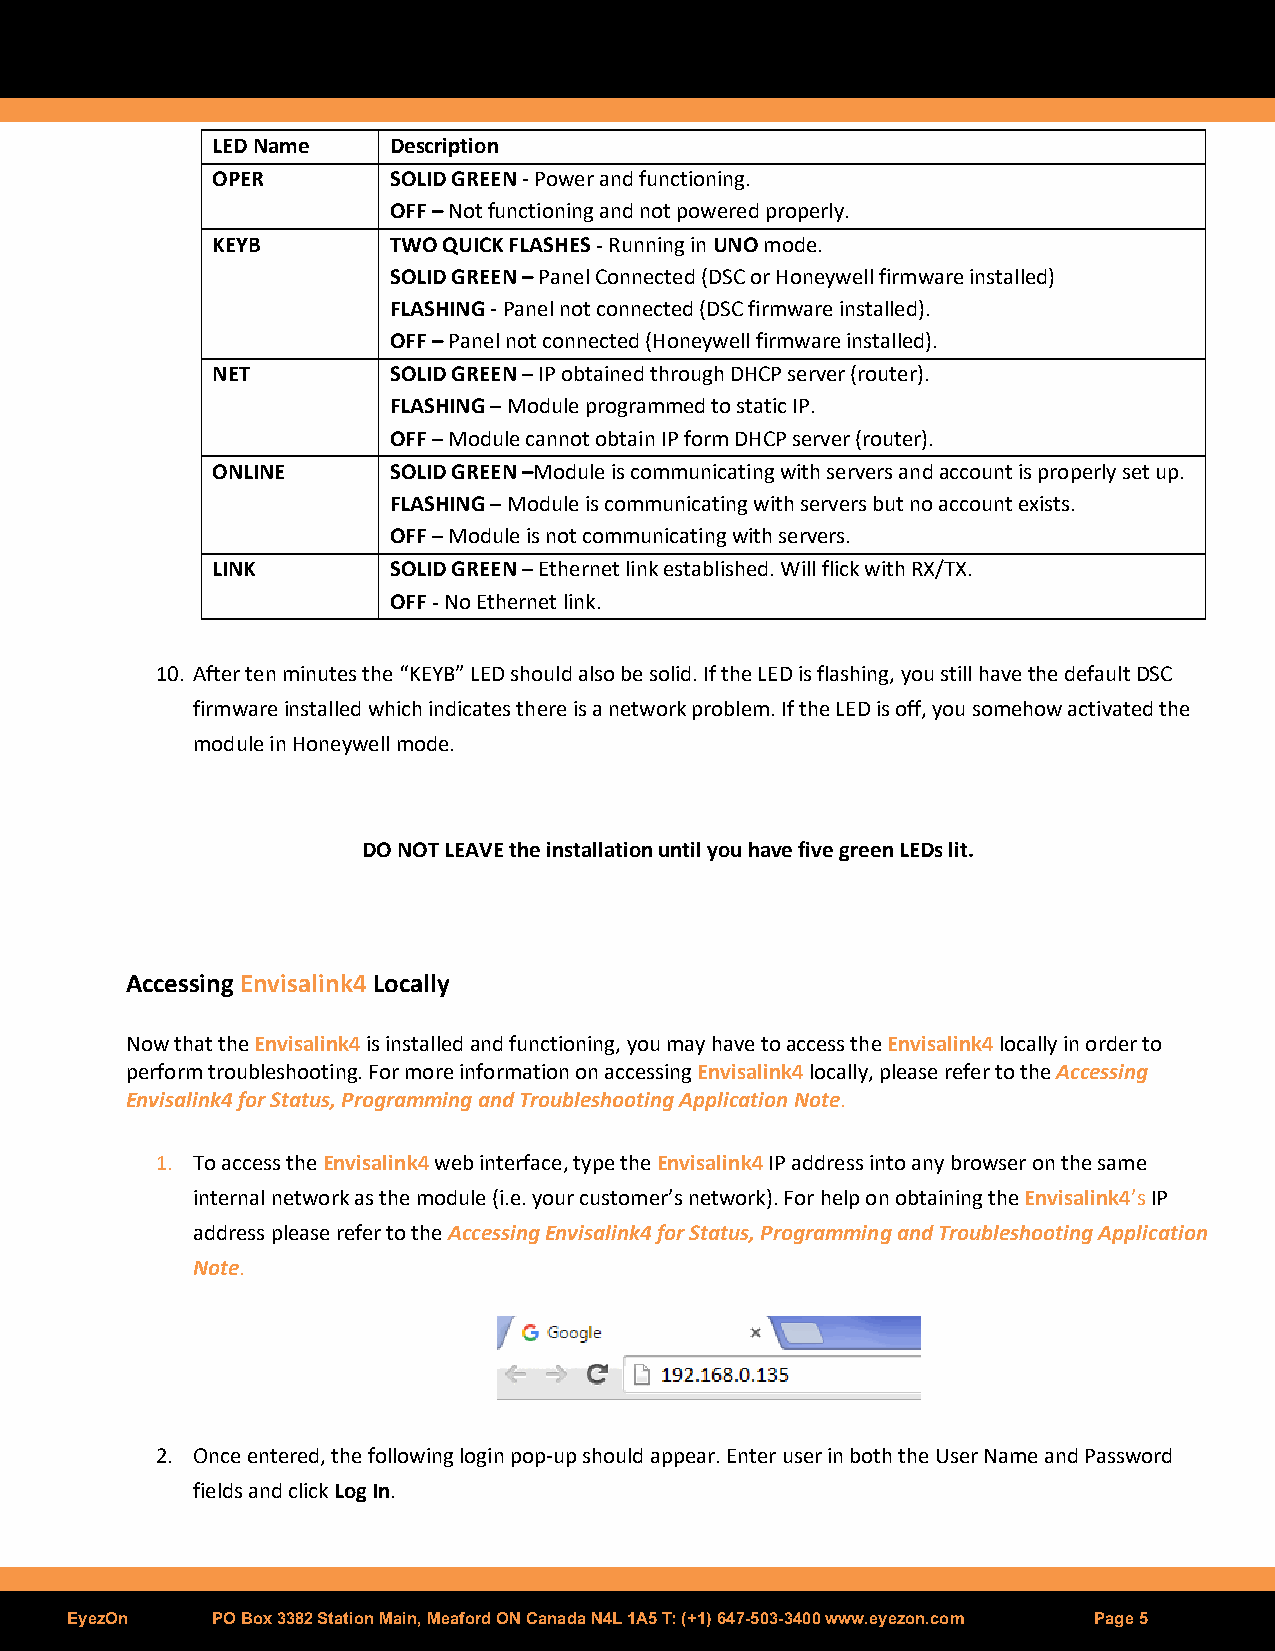
LED Name    Description
 OPER        SOLID GREEN - Power and functioning.
 OFF – Not functioning and not powered properly.
 KEYB        TWO QUICK FLASHES - Running in UNO mode.
 SOLID GREEN – Panel Connected (DSC or Honeywell firmware installed)
 FLASHING - Panel not connected (DSC firmware installed).
 OFF – Panel not connected (Honeywell firmware installed).
 NET         SOLID GREEN – IP obtained through DHCP server (router).
 FLASHING – Module programmed to static IP.
 OFF – Module cannot obtain IP form DHCP server (router).
 ONLINE      SOLID GREEN –Module is communicating with servers and account is properly set up.
 FLASHING – Module is communicating with servers but no account exists.
 OFF – Module is not communicating with servers.
 LINK        SOLID GREEN – Ethernet link established. Will flick with RX/TX.
 OFF - No Ethernet link.
 10. After ten minutes the “KEYB” LED should also be solid. If the LED is flashing, you still have the default DSC
 firmware installed which indicates there is a network problem. If the LED is off, you somehow activated the
 module in Honeywell mode.
 DO NOT LEAVE the installation until you have five green LEDs lit.
 Accessing Envisalink4 Locally
 Now that the Envisalink4 is installed and functioning, you may have to access the Envisalink4 locally in order to
 perform troubleshooting. For more information on accessing Envisalink4 locally, please refer to the Accessing
 Envisalink4 for Status, Programming and Troubleshooting Application Note.
 1. To access the Envisalink4 web interface, type the Envisalink4 IP address into any browser on the same
 internal network as the module (i.e. your customer’s network). For help on obtaining the Envisalink4’s IP
 address please refer to the Accessing Envisalink4 for Status, Programming and Troubleshooting Application
 Note.
 2. Once entered, the following login pop-up should appear. Enter user in both the User Name and Password
 fields and click Log In.
 EyezOn    PO Box 3382 Station Main, Meaford ON Canada N4L 1A5 T: (+1) 647-503-3400 www.eyezon.com Page 5